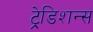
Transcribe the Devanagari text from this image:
ट्रेडिशन्स